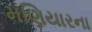
મણિયારના